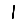
Digit: 1